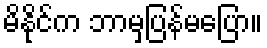
မိနိုင်က ဘာမှပြန်မပြော။